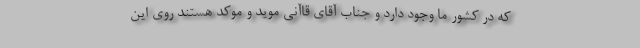
که در کشور ما وجود دارد و جناب آقای قاآنی موید و موکد هستند روی این